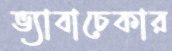
ভ্যাবাচেকার